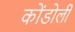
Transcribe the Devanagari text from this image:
कोंडोली